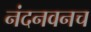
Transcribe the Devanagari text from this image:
नंदनवनच